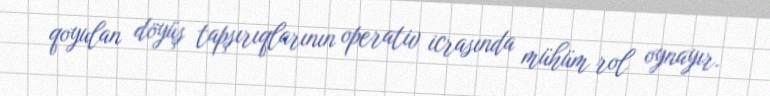
qoyulan döyüş tapşırıqlarının operativ icrasında mühüm rol oynayır.